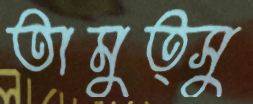
তামুত্সু